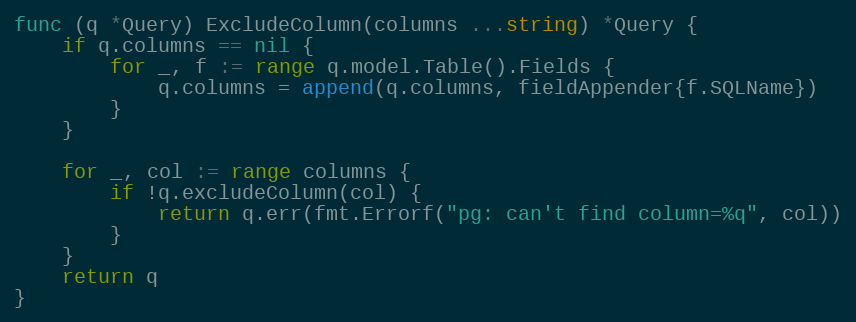
Language: Go
func (q *Query) ExcludeColumn(columns ...string) *Query {
	if q.columns == nil {
		for _, f := range q.model.Table().Fields {
			q.columns = append(q.columns, fieldAppender{f.SQLName})
		}
	}

	for _, col := range columns {
		if !q.excludeColumn(col) {
			return q.err(fmt.Errorf("pg: can't find column=%q", col))
		}
	}
	return q
}